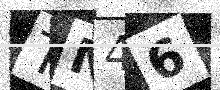
Text: TN46